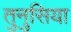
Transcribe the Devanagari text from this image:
तुनुसिया